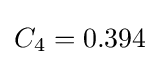
C_{4}=0.394